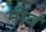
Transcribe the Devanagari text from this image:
मॉव